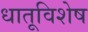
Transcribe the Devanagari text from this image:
धातूविशेष